Civil Veterinary Department ledger series I-VI
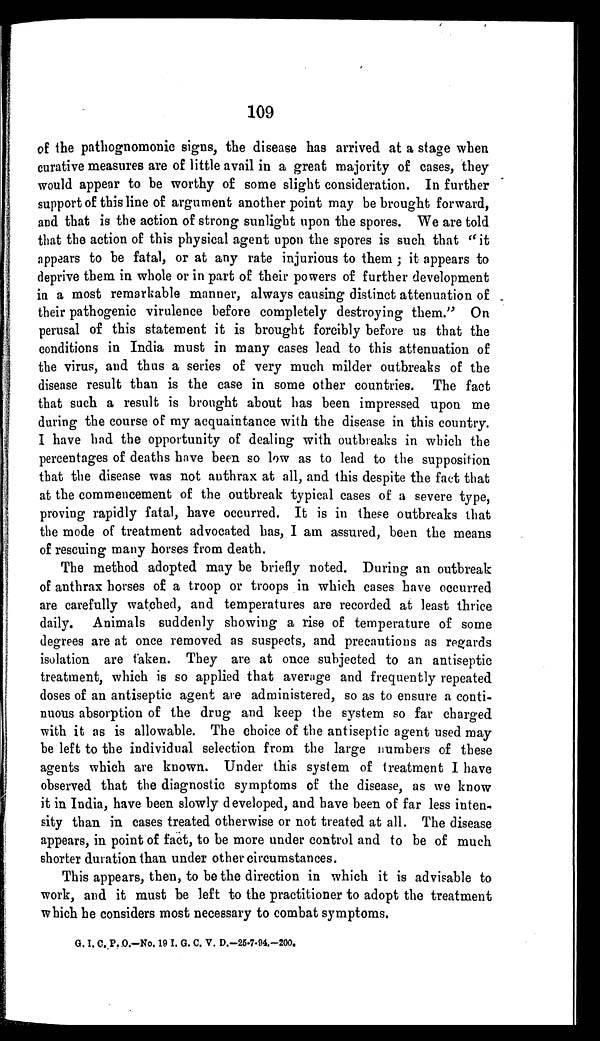
109
of the pathognomonic signs, the disease has arrived at a stage when
curative measures are of little avail in a great majority of cases, they
would appear to be worthy of some slight consideration. In further
support of this line of argument another point may be brought forward,
and that is the action of strong sunlight upon the spores. We are told
that the action of this physical agent upon the spores is such that "it
appears to be fatal, or at any rate injurious to them; it appears to
deprive them in whole or in part of their powers of further development
in a most remarkable manner, always causing distinct attenuation of
their pathogenic virulence before completely destroying them." On
perusal of this statement it is brought forcibly before us that the
conditions in India must in many cases lead to this attenuation of
the virus, and thus a series of very much milder outbreaks of the
disease result than is the case in some other countries. The fact
that such a result is brought about has been impressed upon me
during the course of my acquaintance with the disease in this country.
I have had the opportunity of dealing with outbreaks in which the
percentages of deaths have been so low as to lead to the supposition
that the disease was not anthrax at all, and this despite the fact that
at the commencement of the outbreak typical cases of a severe type,
proving rapidly fatal, have occurred. It is in these outbreaks that
the mode of treatment advocated has, I am assured, been the means
of rescuing many horses from death.
The method adopted may be briefly noted. During an outbreak
of anthrax horses of a troop or troops in which cases have occurred
are carefully watched, and temperatures are recorded at least thrice
daily. Animals suddenly showing a rise of temperature of some
degrees are at once removed as suspects, and precautions as regards
isolation are taken. They are at once subjected to an antiseptic
treatment, which is so applied that average and frequently repeated
doses of an antiseptic agent are administered, so as to ensure a conti-
nuous absorption of the drug and keep the system so far charged
with it as is allowable. The choice of the antiseptic agent used may
be left to the individual selection from the large numbers of these
agents which are known. Under this system of treatment I have
observed that the diagnostic symptoms of the disease, as we know
it in India, have been slowly developed, and have been of far less inten-
sity than in cases treated otherwise or not treated at all. The disease
appears, in point of fact, to be more under control and to be of much
shorter duration than under other circumstances.
This appears, then, to be the direction in which it is advisable to
work, and it must be left to the practitioner to adopt the treatment
which he considers most necessary to combat symptoms.
G. I. C. P. O.-No. 19 I. G. C. V. D.-25-7-94.-200.